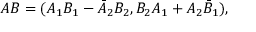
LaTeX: A B = ( A _ { 1 } B _ { 1 } - \bar { A } _ { 2 } B _ { 2 } , B _ { 2 } A _ { 1 } + A _ { 2 } \bar { B } _ { 1 } ) ,